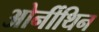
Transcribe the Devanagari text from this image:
ओर्नीथिन